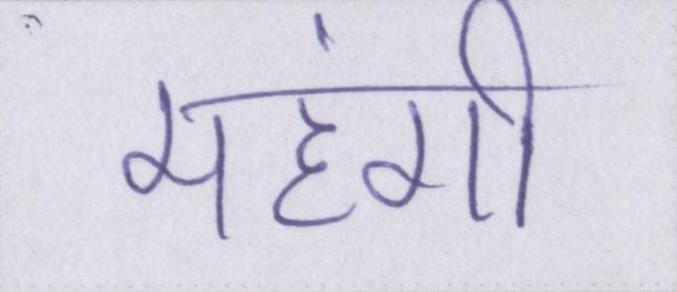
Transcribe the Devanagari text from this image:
महंगी